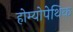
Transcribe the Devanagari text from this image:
होम्योपेथिक